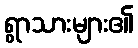
ရွာသားများ၏